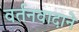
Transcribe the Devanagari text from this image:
वर्तनवादाने